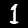
Label: 1